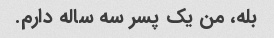
بله، من یک پسر سه ساله دارم.